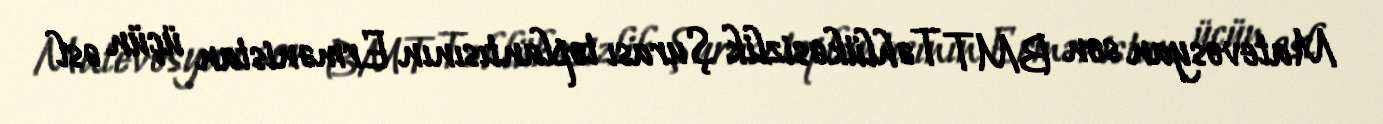
Matevosyan son BMT Təhlükəsizlik Şurası toplantısının Ermənistan üçün əsl